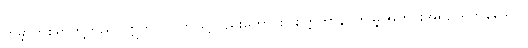
ကမ္ဘာတစ်ရာတို့တည်။ ဣတိ ဝါ၊ ဤသို့လည်းကောင်း။ ဧတ္တကာနိ၊ ဤမျှအတိုင်းအရှည်ရှိကုန်သော။